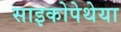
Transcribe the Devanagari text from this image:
साइकोपेथेया